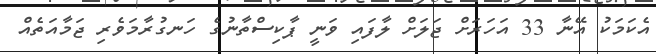
އެކަމަކު އޭނާ 33 އަހަރަށް ޖަލަށް ލާފައި ވަނީ ޕާކިސްތާނުގެ ހަނގުރާމަވެރި ޖަމާއަތެއް